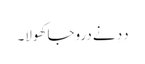
دِدِ نے دروجا کھولا۔